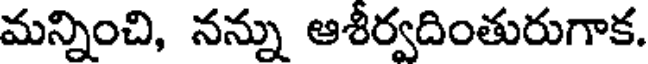
మన్నించి, నన్ను ఆశీర్వదింతురుగాక.